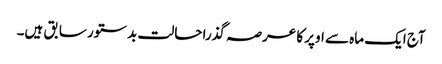
آج ایک ماہ سے اوپر کا عرصہ گذرا حالت بدستور سابق ہیں۔